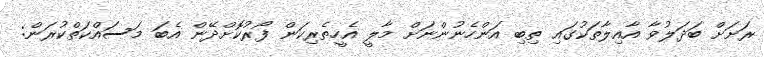
ރަށަށް ބަދަލުވާ އާއިލާތަކުގައި ތިބި އަންހެނުންނަށް މާލީ އެހީތެރިކަން ފޯރުކޮށްދޭން އެބަ މަސައްކަތްކުރަން: